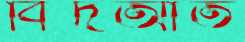
বিদআত